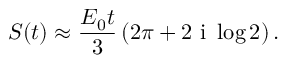
S ( t ) \approx \frac { E _ { 0 } t } { 3 } \left( 2 \pi + 2 \ensuremath { \mathrm { ~ i ~ } } \log 2 \right) .